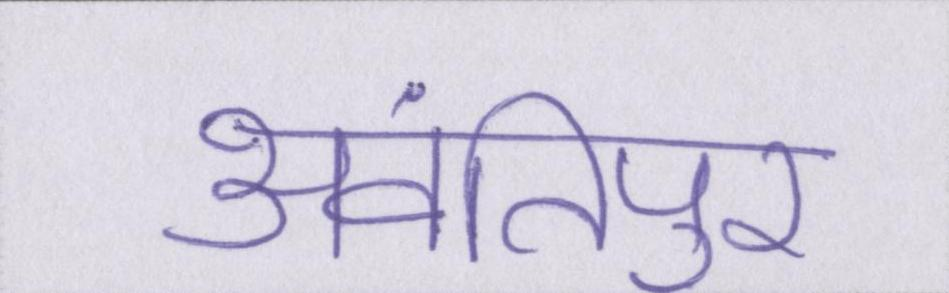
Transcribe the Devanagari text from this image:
अवंतिपुर